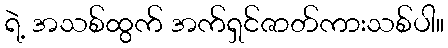
ရဲ့ အသစ်ထွက် အက်ရှင်ဇာတ်ကားသစ်ပါ။